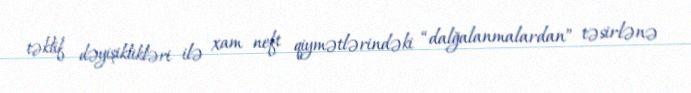
təklif dəyişiklikləri ilə xam neft qiymətlərindəki “dalğalanmalardan” təsirlənə